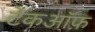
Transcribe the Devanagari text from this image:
टेंकऑफ़